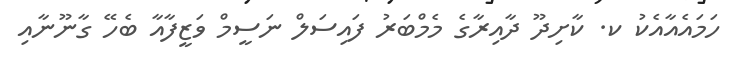
ހަމައެއާއެކު ކ. ކާށިދޫ ދާއިރާގެ މެމްބަރު ފައިސަލް ނަސީމް ވަޒީފާއާ ބެހޭ ގާނޫނާއި